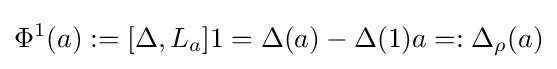
\Phi ^{1}(a):=[\Delta ,L_{a}]1=\Delta (a)-\Delta (1)a=:{\Delta }_{\rho }(a)